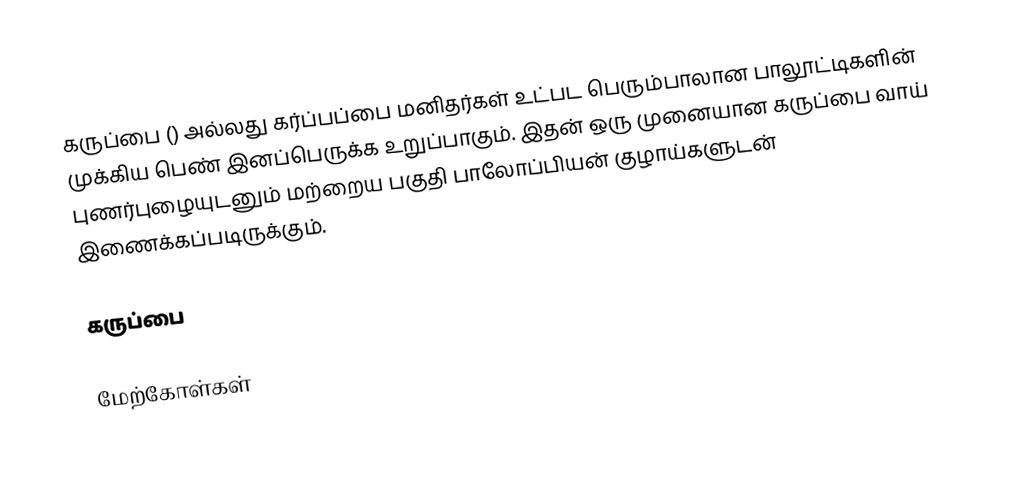
கருப்பை () அல்லது கர்ப்பப்பை மனிதர்கள் உட்பட பெரும்பாலான பாலூட்டிகளின் முக்கிய பெண் இனப்பெருக்க உறுப்பாகும். இதன் ஒரு முனையான கருப்பை வாய் புணர்புழையுடனும் மற்றைய பகுதி பாலோப்பியன் குழாய்களுடன் இணைக்கப்படிருக்கும்.

கருப்பை

மேற்கோள்கள்